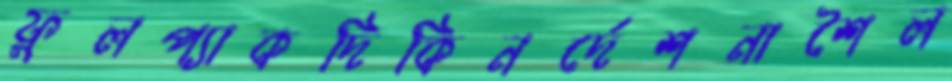
ফুলপ্যাকদিকিনর্দেশনাশৈল